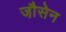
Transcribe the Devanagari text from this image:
जौ़सेन